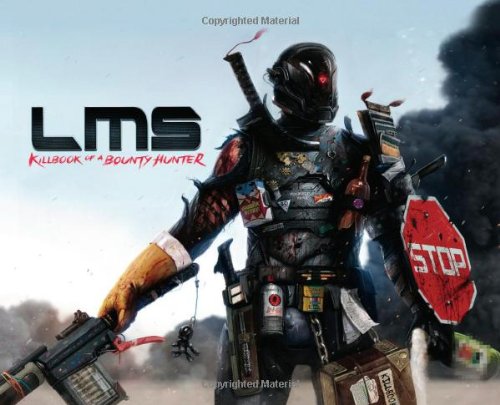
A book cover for Last Man Standing: Killbook of a Bounty Hunter; Dan Luvisi; Arts & Photography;